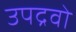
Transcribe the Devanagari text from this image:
उपद्रवो